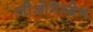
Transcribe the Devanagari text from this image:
जीओमेम्ब्रेन